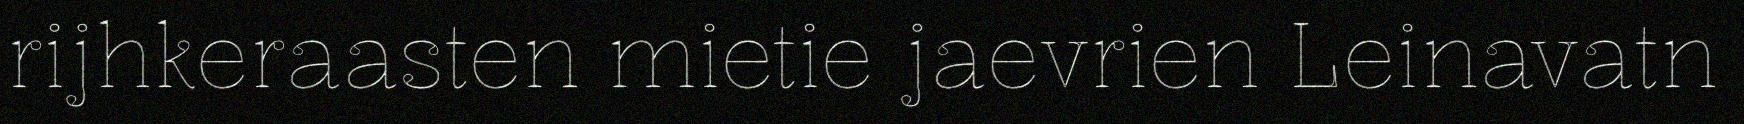
rijhkeraasten mietie jaevrien Leinavatn